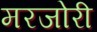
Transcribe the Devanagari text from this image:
मरजोरी